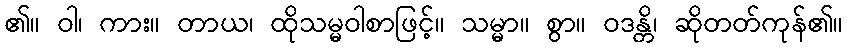
၏။ ဝါ၊ ကား။ တာယ၊ ထိုသမ္မဝါစာဖြင့်။ သမ္မာ။ စွာ။ ဝဒန္တိ၊ ဆိုတတ်ကုန်၏။